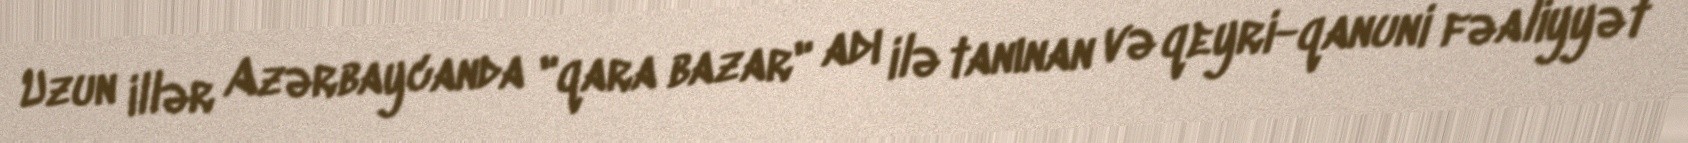
Uzun illər Azərbaycanda "qara bazar" adı ilə tanınan və qeyri-qanuni fəaliyyət